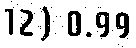
12) 0.99